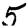
Digit: 5